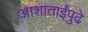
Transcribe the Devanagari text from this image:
आशाताईंपुढे